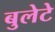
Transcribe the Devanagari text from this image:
बुलेटे